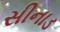
સીનાડ